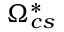
\Omega _ { c s } ^ { * }